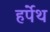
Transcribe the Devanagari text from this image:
हर्पेथ